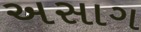
અસાગ